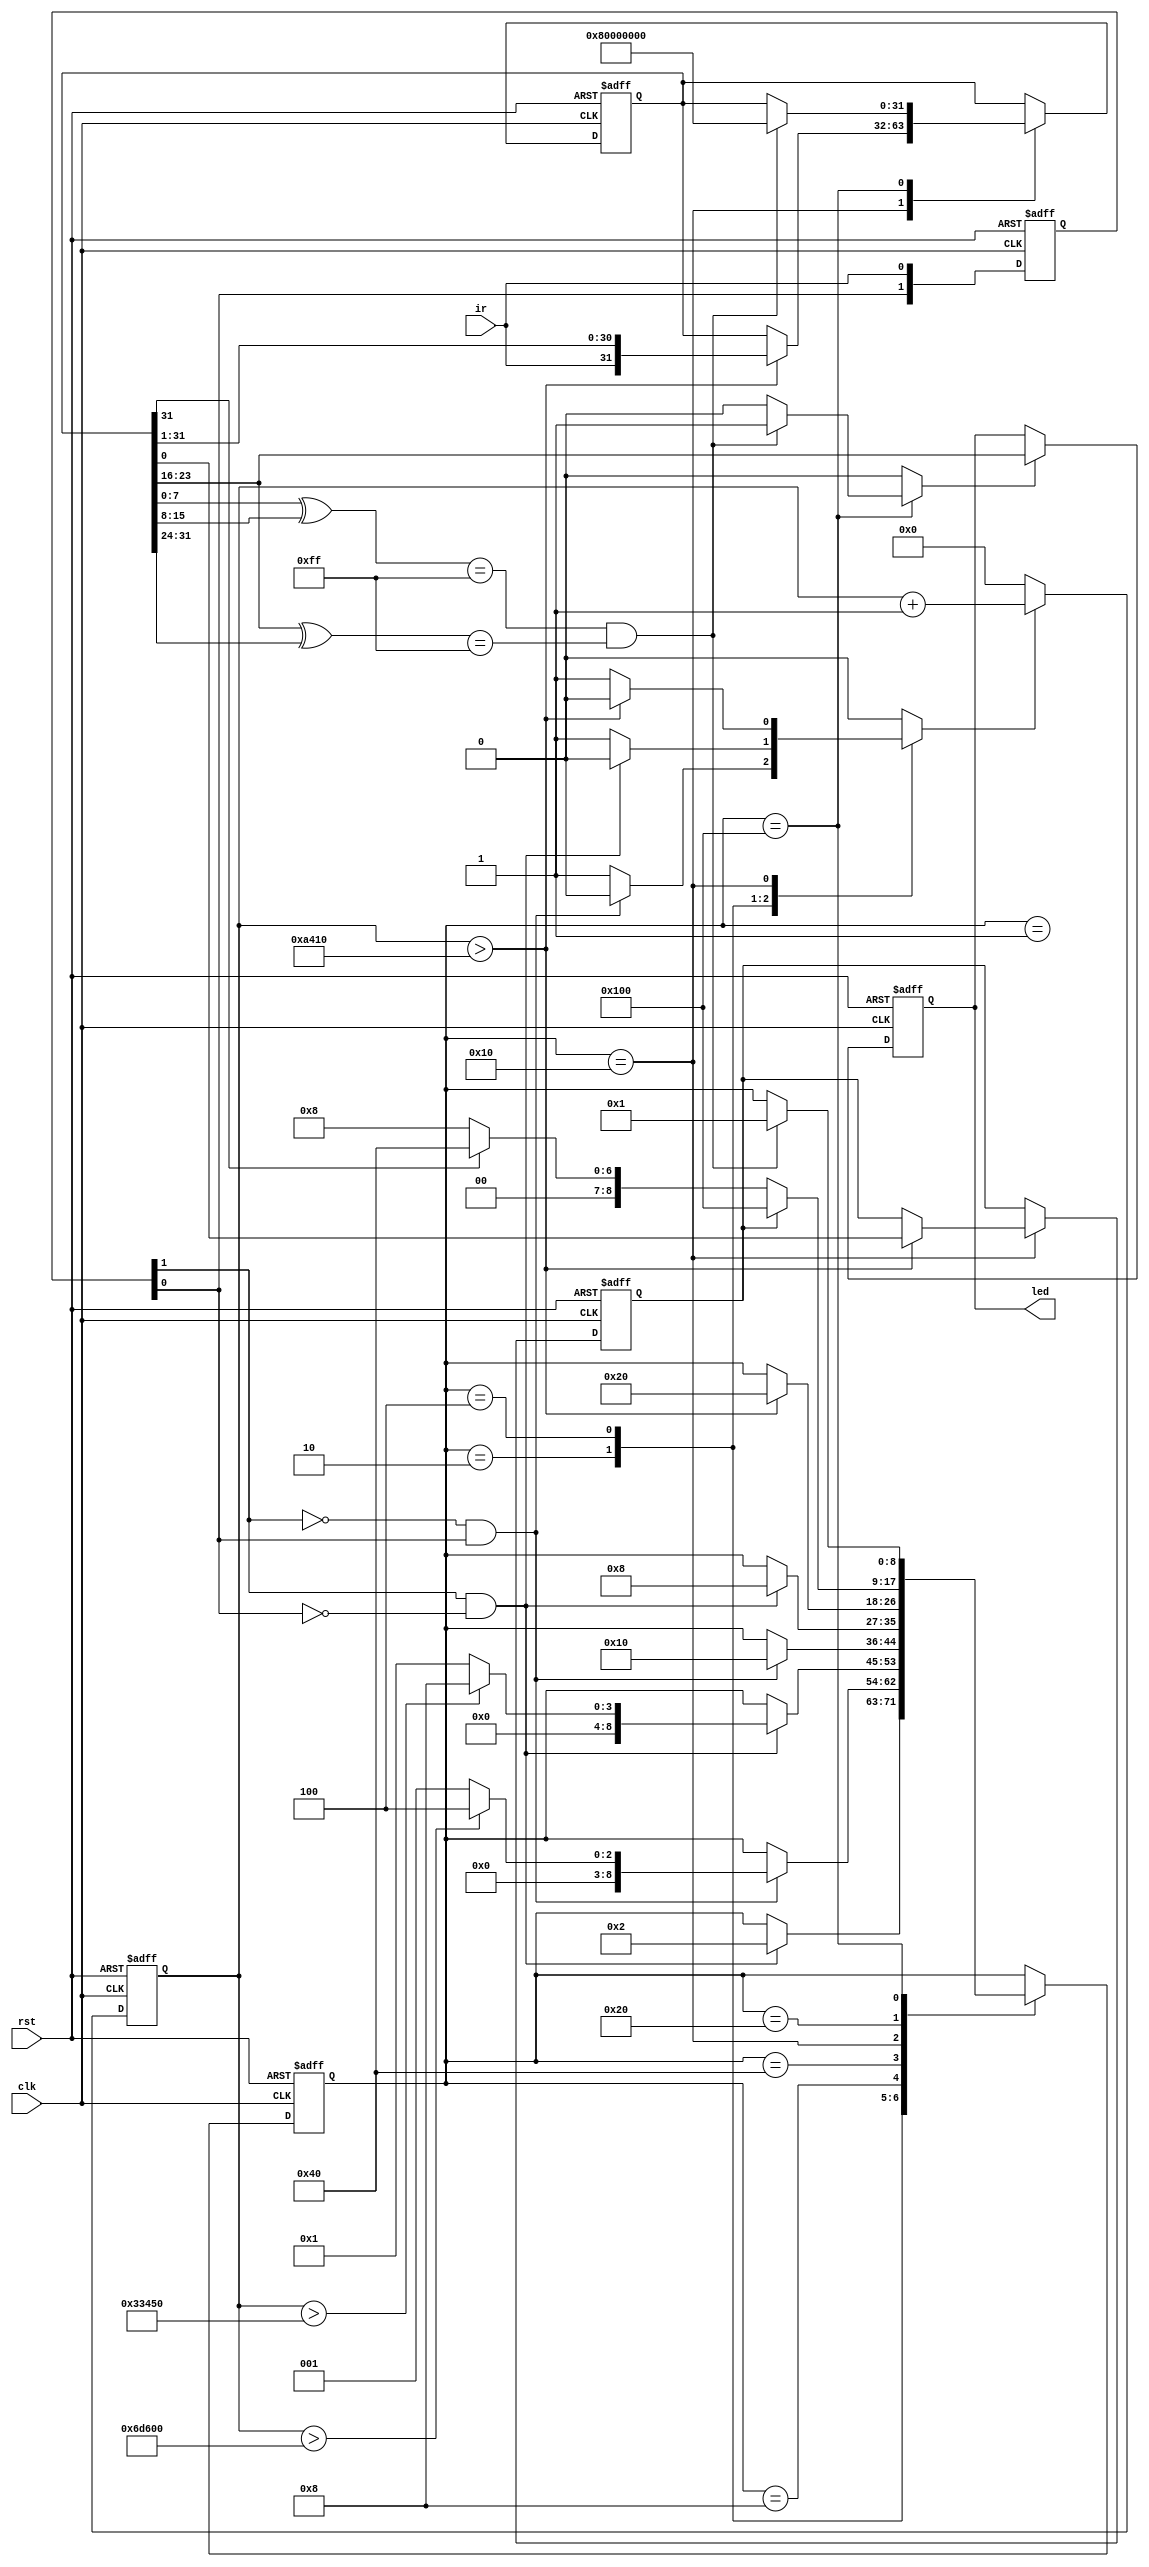
/*
 This program is free software: you can redistribute it and/or modify
   it under the terms of the GNU General Public License as published by
   the Free Software Foundation, either version 3 of the License, or
   (at your option) any later version.

   This program is distributed in the hope that it will be useful,
   but WITHOUT ANY WARRANTY; without even the implied warranty of
   MERCHANTABILITY or FITNESS FOR A PARTICULAR PURPOSE.  See the
   GNU General Public License for more details.

   You should have received a copy of the GNU General Public License
   along with this program.  If not, see <http://www.gnu.org/licenses/>.
   
   
AUTHOR:	
	Jagadeesh J, Design Engineer.
	Email : jagadeeshj@kenosys.in
   	Tel   : 91-8098701730
COMPANY:
	KENOSYS EMBEDDED SOLUTIONS, SALEM, TAMILNADU, INDIA			
 */

module nec (
	input clk,rst,
	input ir,
	output reg [7:0]led
	);

wire ir_in;
assign ir_in = ir;

	
reg [8:0]state_reg, state_next;
reg [31:0]led_reg, led_next;
reg [19:0]count_reg;
wire [19:0]count_next;
reg c_bit_next, c_bit_reg;
reg done_tick;
reg c_load;
wire [7:0]led_tmp;

//States
localparam [8:0]	IDLE		=	9'h001,
					START		=	9'h002,
					SYNC		=	9'h004,
					WAIT_HIGH	=	9'h008,
					FETCH		=	9'h010,
					BCOUNT		=	9'h020,
					WAIT_LOW	=	9'h040,
					CHECK		=	9'h080,
					DONE		=	9'h100;

localparam [19:0]	START_TIME	=	20'd448000,			//448000,
					SYNC_TIME	=	20'd210000,			//210000,
					CENTER		=	20'd42000;			//42000;

//Pulse Edge detection circuit
reg [1:0]e_bit;	
wire f_edge, r_edge;
always@(posedge clk, negedge rst)
	if(!rst)
		e_bit	<=	2'b00;
	else
		e_bit <= {e_bit[0],ir_in};

assign f_edge = e_bit[1] & (~e_bit[0]);
assign r_edge = (~e_bit[1]) & e_bit[0];

//Registers	
always@(posedge clk, negedge rst)
begin
	if(!rst)
	begin
		state_reg 	<= 		IDLE;
		led_reg		<= 		32'h80000000;
		count_reg	<=		20'h00000;
		c_bit_reg	<=		1'b0;
		led			<=		8'h00;
	end
	else
	begin
		state_reg 	<=		state_next;
		led_reg		<= 		led_next;
		count_reg	<=		count_next;
		c_bit_reg	<=		c_bit_next;
		led			<=		led_tmp;
	end
end

assign count_next = (c_load)?count_reg+1'b1:20'h00000;

always@*
begin
	state_next		=	state_reg;
	led_next		=	led_reg;
	done_tick 		=	1'b0;
	c_load 			=	1'b0;
	c_bit_next		=	c_bit_reg;
	case(state_reg)
		IDLE:
		begin
			if(f_edge)
				state_next = START;
		end
		START:
		begin
			c_load = 1'b1;
			if(r_edge)
			begin
				if(count_reg > START_TIME)
				begin
					state_next	=	SYNC;
					c_load = 1'b0;
				end
				else
				begin
					state_next	=	IDLE;
					c_load = 1'b0;
				end	
			end
		end
		SYNC:
		begin
			c_load = 1'b1;
			if(f_edge)
			begin
				if(count_reg > SYNC_TIME)
				begin
					state_next	=	WAIT_HIGH;
					c_load = 1'b0;
				end	
				else
				begin
					state_next	=	IDLE;
					c_load = 1'b0;
				end	
			end
		end
		WAIT_HIGH:
		begin
			if(r_edge)
				state_next	=	FETCH;
		end
		WAIT_LOW:
		begin
			if(f_edge)
				state_next	=	WAIT_HIGH;
		end
		FETCH:
		begin
			c_load = 1'b1;
			if(count_reg > CENTER)
			begin
				c_bit_next	=	led_reg[0];
				led_next 	= 	{ir_in,led_reg[31:1]};
				c_load = 1'b0;
				state_next 	=	BCOUNT;
			end
		end
		BCOUNT:
		begin
			if(c_bit_reg)
				state_next = DONE;
			else
			begin
				if(led_reg[31])
					state_next	=	WAIT_LOW;
				else
					state_next	=	WAIT_HIGH;
			end		
		end
		DONE:
		begin
			if(((led_reg[7:0]^led_reg[15:8]) == 8'hff)&&((led_reg[23:16]^led_reg[31:24]) == 8'hff))
			begin
				done_tick = 1'b1;
				led_next	=	32'h80000000;
				state_next	=	IDLE;
			end	
		end
	endcase
end
assign led_tmp = (done_tick)?led_reg[23:16]:led;
endmodule